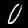
Digit: 0